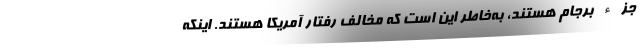
جزء برجام هستند، به‌خاطر این است که مخالف رفتار آمریکا هستند. اینکه